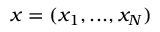
{ \boldsymbol x } = ( x _ { 1 } , . . . , x _ { N } )